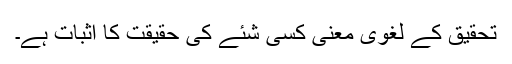
تحقیق کے لغوی معنیٰ کسی شئے کی حقیقت کا اثبات ہے۔